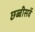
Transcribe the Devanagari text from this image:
छब्बीसवें